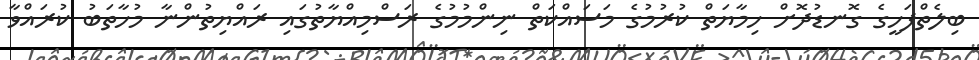
ބިލެތްފަހީގެ ގޮނޑުދޮށް ހިމާޔަތް ކުރުމުގެ މަސައްކަތް ނިންމުމުގެ ރަސްމިއްޔާތުގައި ރައްޔިތުންނާ މުހާތަބު ކުރައްވާ